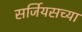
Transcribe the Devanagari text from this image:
सर्जियसच्या